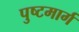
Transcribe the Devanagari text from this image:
पुष्टमार्ग